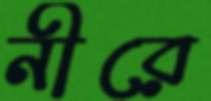
নীরে